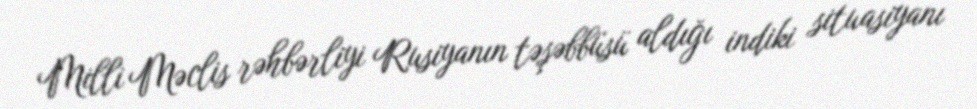
Milli Məclis rəhbərliyi Rusiyanın təşəbbüsü aldığı indiki situasiyanı